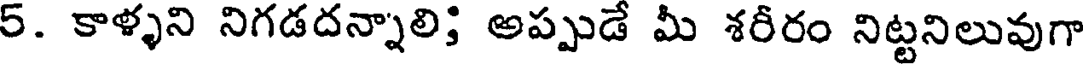
5. కాళ్ళని నిగడదన్నాలి; అప్పుడే మీ శరీరం నిట్టనిలువుగా